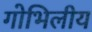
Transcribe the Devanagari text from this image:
गोभिलीय